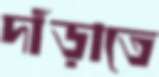
দাঁড়াতে